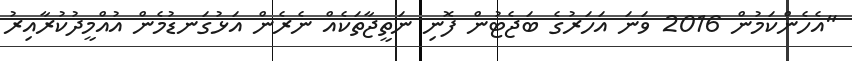
"އެހެންކަމުން 2016 ވަަނަ އަހަރުގެ ބަޖެޓުން ފޮނި ނަތީޖާތަކެއް ނެރެން އަޅުގަނޑުމެން އުއްމީދުކުރާއިރު